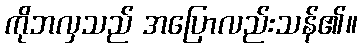
ကိုဘလှသည် အပြောလည်းသန်၏။